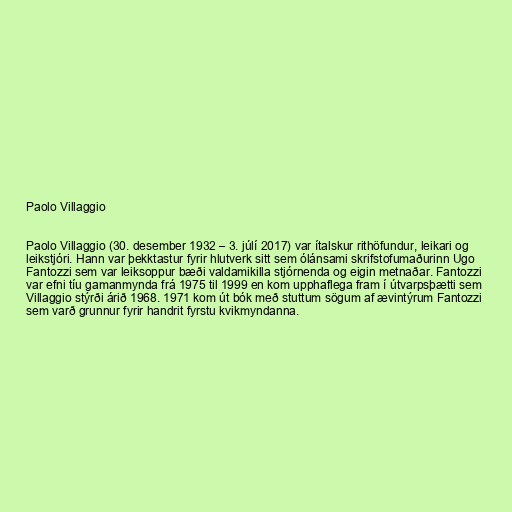
Paolo Villaggio

Paolo Villaggio (30. desember 1932 – 3. júlí 2017) var ítalskur rithöfundur, leikari og
leikstjóri. Hann var þekktastur fyrir hlutverk sitt sem ólánsami skrifstofumaðurinn Ugo
Fantozzi sem var leiksoppur bæði valdamikilla stjórnenda og eigin metnaðar. Fantozzi
var efni tíu gamanmynda frá 1975 til 1999 en kom upphaflega fram í útvarpsþætti sem
Villaggio stýrði árið 1968. 1971 kom út bók með stuttum sögum af ævintýrum Fantozzi
sem varð grunnur fyrir handrit fyrstu kvikmyndanna.